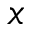
x